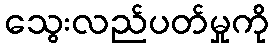
သွေးလည်ပတ်မှုကို